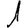
Digit: 1